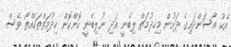
އެކު އާސަންދައިގެ ދަށުން މިހިދުމަތް ލިބެނީ އަދި ނުލިބެނީ ކޮންކޮން ހިދުމަތްތަކެއްތޯ ވެސް